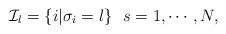
LaTeX: \begin{align*}\mathcal{I}_l=\{i|\sigma_i=l\}\,\,\,\,s=1,\cdots,N,\end{align*}